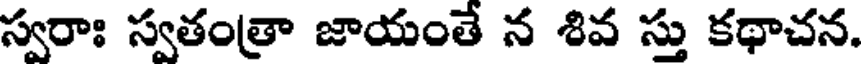
స్వరాః స్వతంత్రా జాయంతే న శివ స్తు కథాచన.